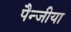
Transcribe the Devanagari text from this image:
पैन्जीया